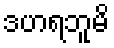
ဒဟရဘူမိ